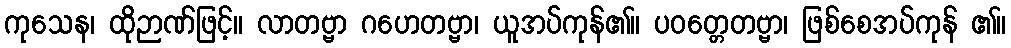
ကုသေန၊ ထိုဉာဏ်ဖြင့်။ လာတဗ္ဗာ ဂဟေတဗ္ဗာ၊ ယူအပ်ကုန်၏။ ပဝတ္တေတဗ္ဗာ၊ ဖြစ်စေအပ်ကုန် ၏။